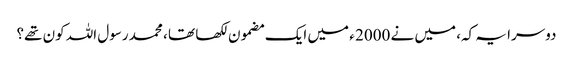
دوسرا یہ کہ، میں نے 2000 ء میں ایک مضمون لکھا تھا ، محمد رسول اللہ کون تھے؟